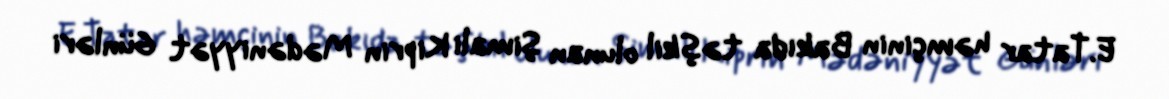
E.Tatar həmçinin Bakıda təşkil olunan Şimali Kiprin Mədəniyyət Günləri